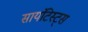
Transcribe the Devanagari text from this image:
सायंटिस्ट्स